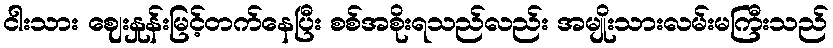
ငါးသား ဈေးနှုန်းမြင့်တက်နေပြီး စစ်အစိုးရသည်လည်း အမျိုးသားလမ်းမကြီးသည်